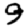
Digit: 9